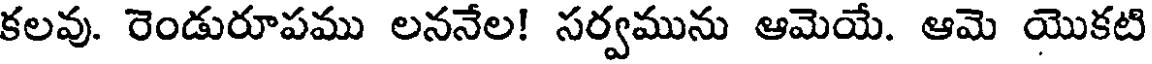
కలవు. రెండురూపము లననేల! సర్వమును ఆమెయే. ఆమె యొకటి